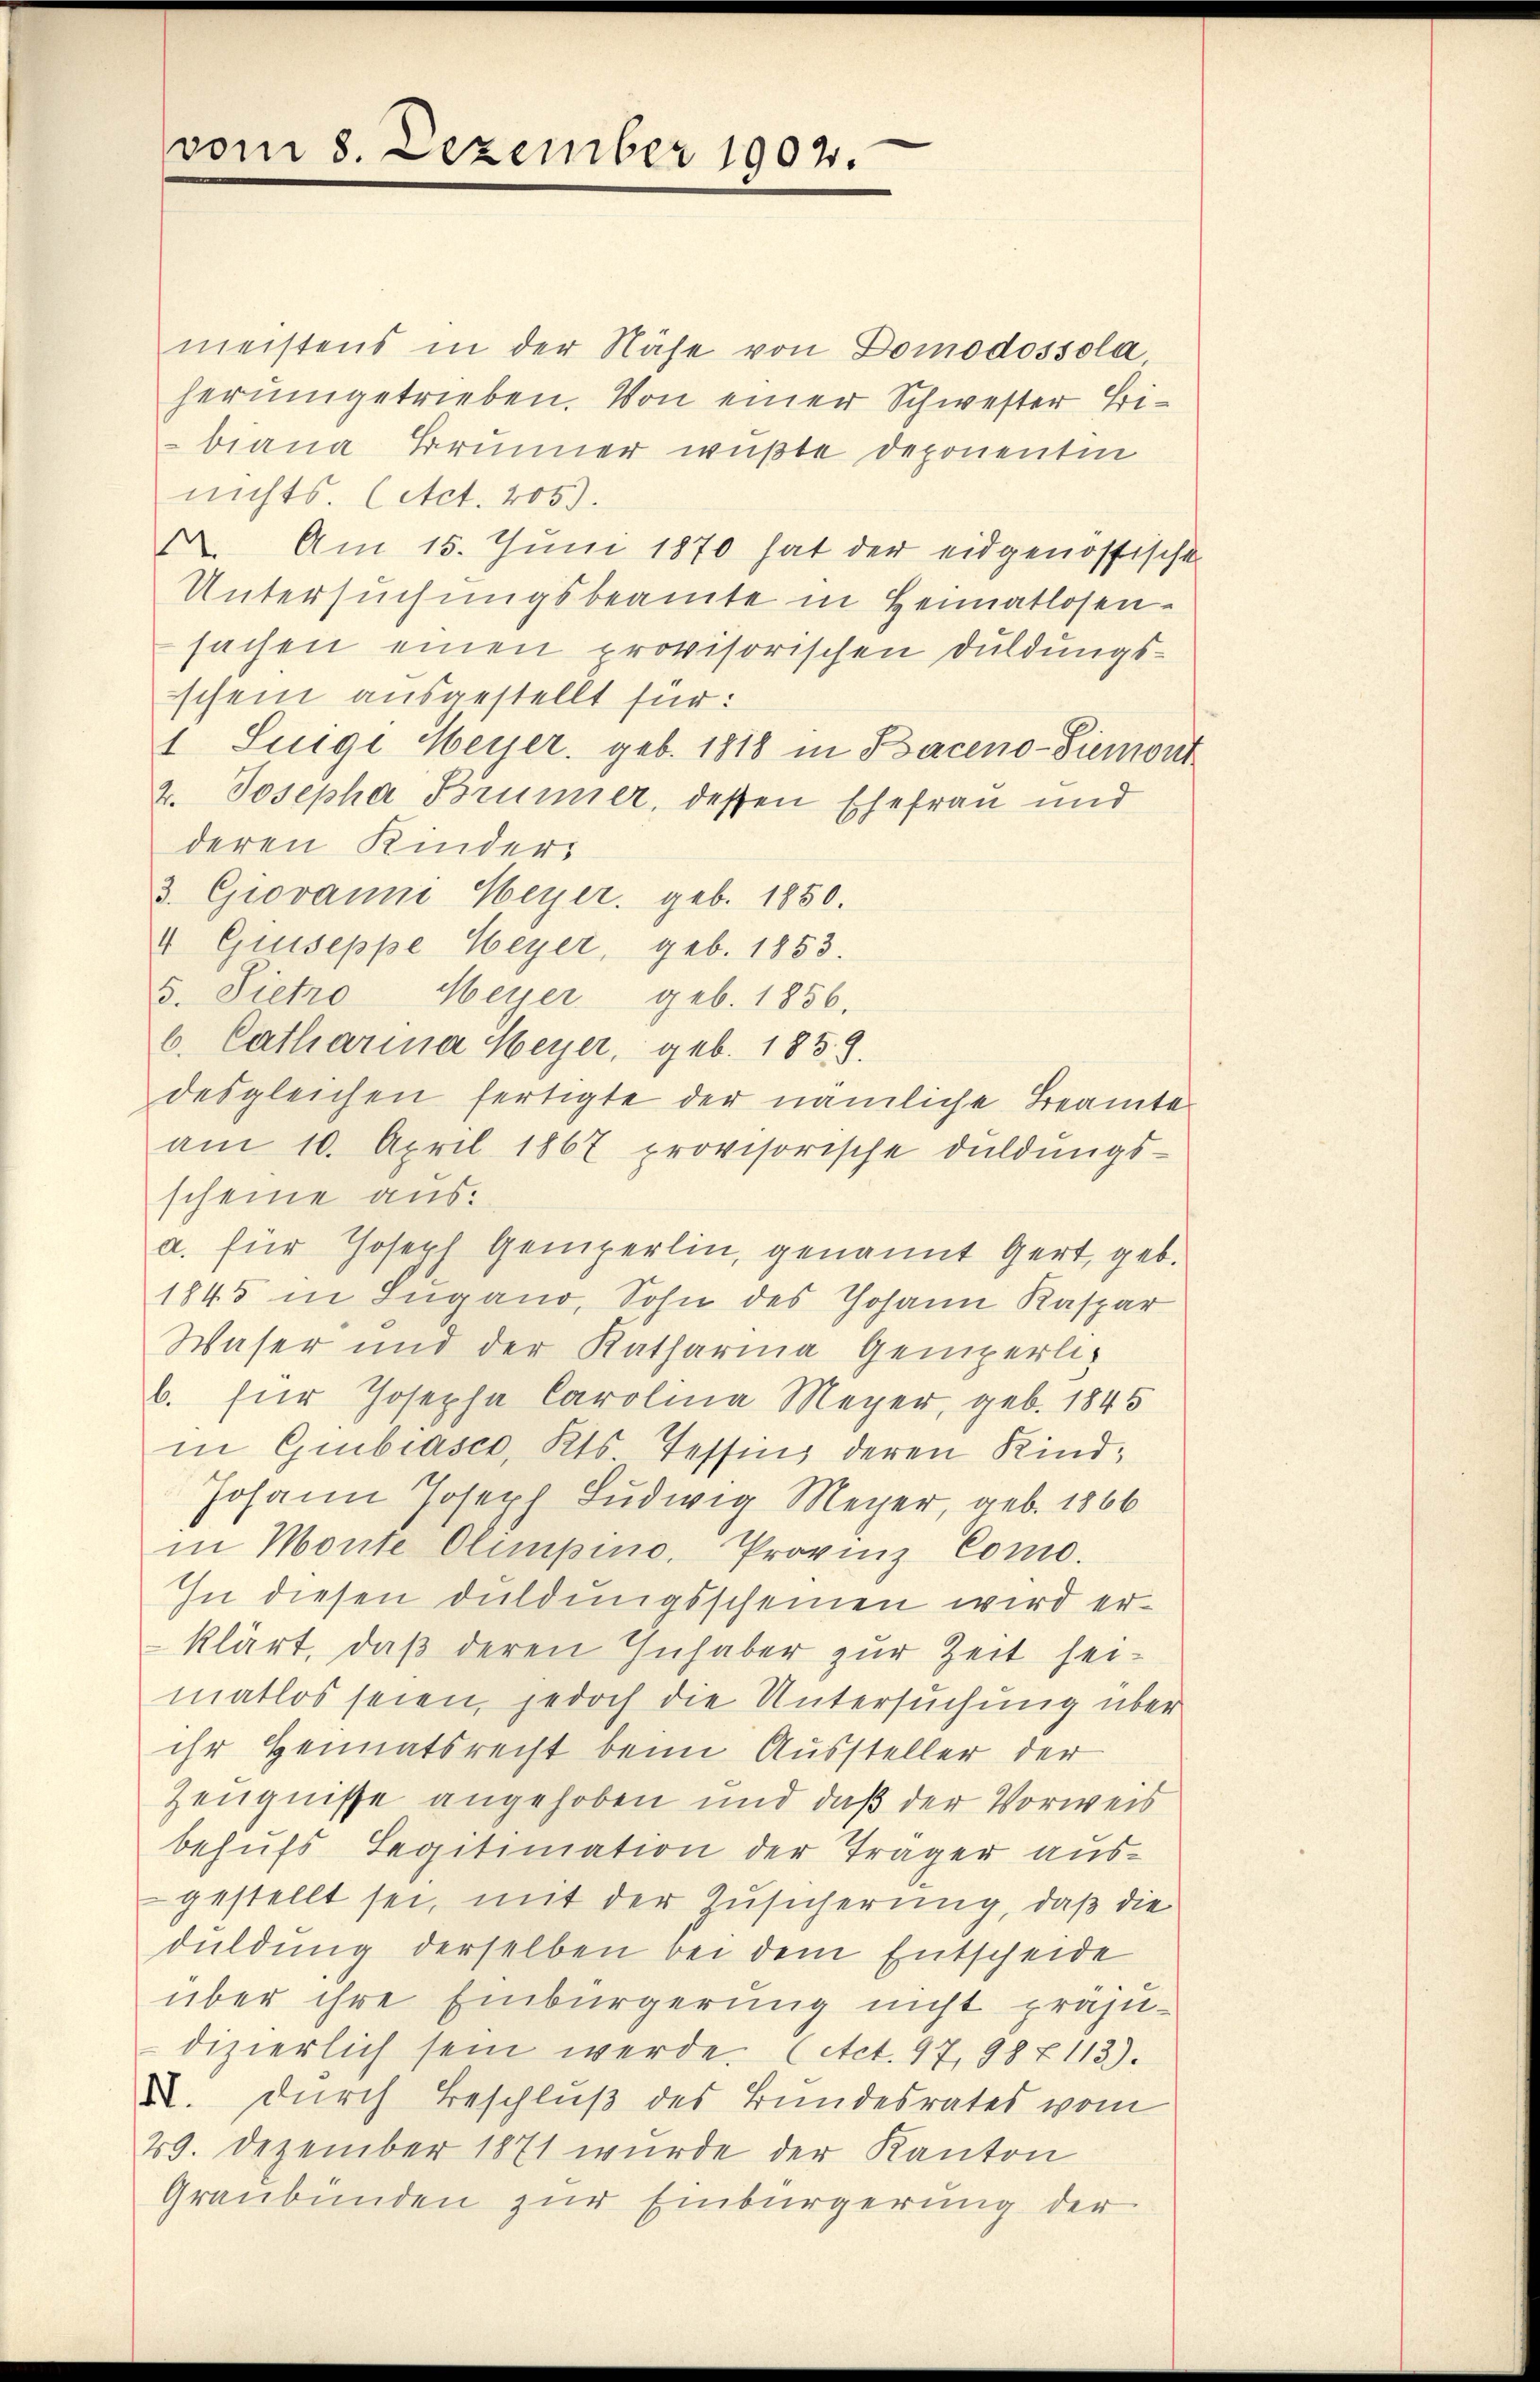
vom 8. Dezember 1902.

meistens in der Nähe von Domodossola
herumgetrieben. Von einer Schwester Bibiana Brunner wußte deponentin
nichts. (Act. 205).
. Am 15. Juni 1870 hat der eidgenössische
Untersuchungsbeamte in Heimatlosen-
sachen einen provisorischen Duldungsschein ausgestellt für:
1 Luigi Meyer, geb. 1818 in Baceno-Siemont
2. Josepha Bruner, dessen Ehefrau und
deren Kinders
3. Giovanni Meyer, geb. 1850.
4 Giuseppe Weyer, geb. 1853.
5. Pietro Meyer geb. 1856.
b. Catharina Meyer, geb. 183. 8.
desgleichen fertigte der nämliche Beamte
am 10. April 1867 provisorische Duldŭngs-
scheine ausa. für Joseph Gemperlin, genannt gert, geb.
1845 in Ingano, Sohn des Johann Kaspar
Waser und der Katharina Gemperlib. für Josepha Carolina Meyer, geb. 1845
in Gubiasco, Kts. Tessins deren Kind¬
Johann Joseph Ludwig Meyer, geb. 1866
in Monte Climpino. Provinz Como.
In diesen Duldungsscheinen wird erklärt, daß deren Inhaber zur Zeit seimatlos seien, jedoch die Untersuchung über
ihr Heimatsrecht beim Aussteller der
Zeugnisse angehoben und daß der Vorweis
behufs Legitimation der Träger ausgestellt sei, mit der Zusicherung, daß die
duldung derselben bei dem Entscheide
über ihre Einbürgerung nicht präju-
dizierlich sein werde. (Act. 97, 98 x 113).
X. durch Beschluß des Bundesrates vom
29. Dezember 1871 wurde der Kanton
Graubünden zur Einbürgerung der